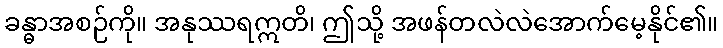
ခန္ဓာအစဉ်ကို။ အနုဿရဣတိ၊ ဤသို့ အဖန်တလဲလဲအောက်မေ့နိုင်၏။